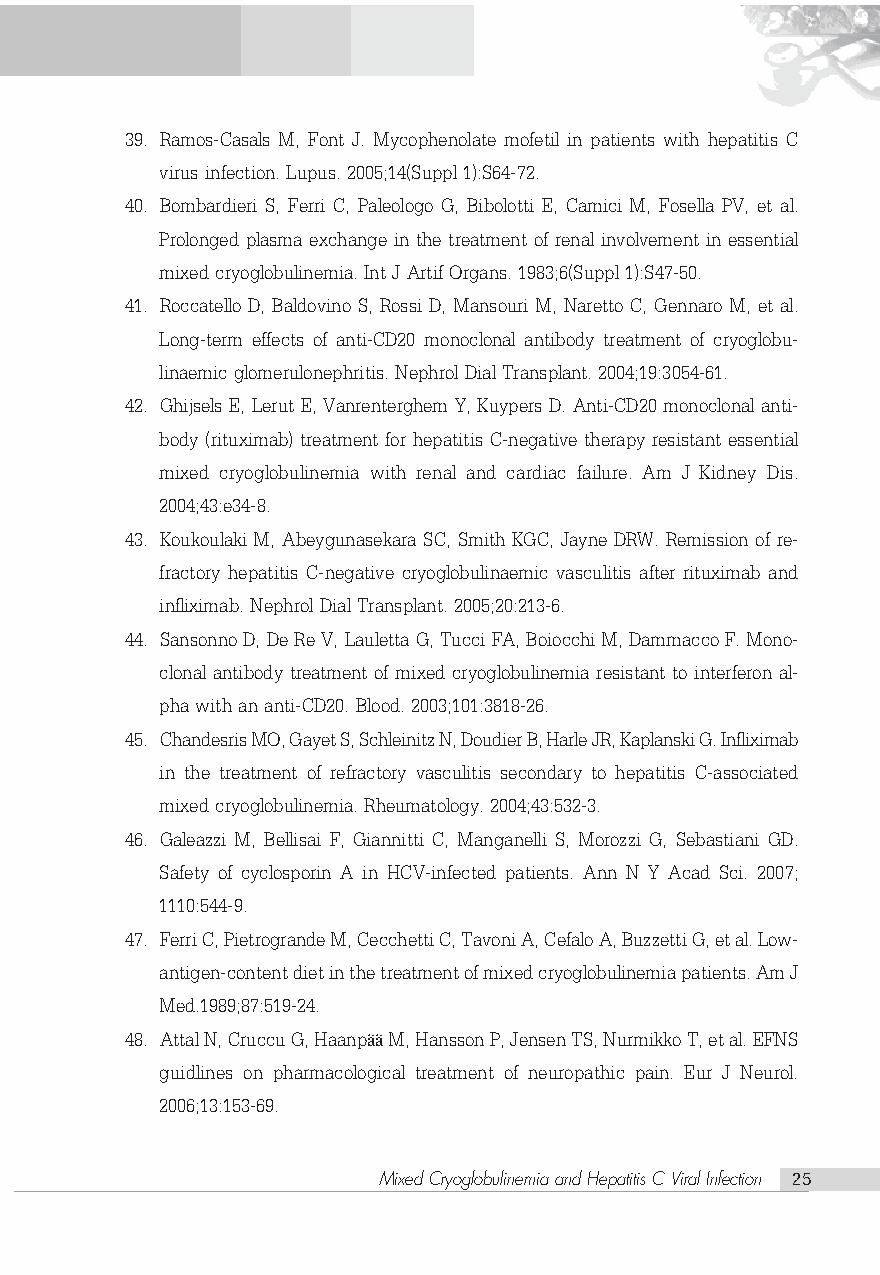
39. Ramos-Casals M, Font J. Mycophenolate mofetil in patients with hepatitis C
 virus infection. Lupus. 2005;14(Suppl 1):S64-72.
 40. Bombardieri S, Ferri C, Paleologo G, Bibolotti E, Camici M, Fosella PV, et al.
 Prolonged plasma exchange in the treatment of renal involvement in essential
 mixed cryoglobulinemia. Int J Artif Organs. 1983;6(Suppl 1):S47-50.
 41. Roccatello D, Baldovino S, Rossi D, Mansouri M, Naretto C, Gennaro M, et al.
 Long-term effects of anti-CD20 monoclonal antibody treatment of cryoglobu-
 linaemic glomerulonephritis. Nephrol Dial Transplant. 2004;19:3054-61.
 42. Ghijsels E, Lerut E, Vanrenterghem Y, Kuypers D. Anti-CD20 monoclonal anti-
 body (rituximab) treatment for hepatitis C-negative therapy resistant essential
 mixed cryoglobulinemia with renal and cardiac failure. Am J Kidney Dis.
 2004;43:e34-8.
 43. Koukoulaki M, Abeygunasekara SC, Smith KGC, Jayne DRW. Remission of re-
 fractory hepatitis C-negative cryoglobulinaemic vasculitis after rituximab and
 infliximab. Nephrol Dial Transplant. 2005;20:213-6.
 44. Sansonno D, De Re V, Lauletta G, Tucci FA, Boiocchi M, Dammacco F. Mono-
 clonal antibody treatment of mixed cryoglobulinemia resistant to interferon al-
 pha with an anti-CD20. Blood. 2003;101:3818-26.
 45. Chandesris MO, Gayet S, Schleinitz N, Doudier B, Harle JR, Kaplanski G. Infliximab
 in the treatment of refractory vasculitis secondary to hepatitis C-associated
 mixed cryoglobulinemia. Rheumatology. 2004;43:532-3.
 46. Galeazzi M, Bellisai F, Giannitti C, Manganelli S, Morozzi G, Sebastiani GD.
 Safety of cyclosporin A in HCV-infected patients. Ann N Y Acad Sci. 2007;
 1110:544-9.
 47. Ferri C, Pietrogrande M, Cecchetti C, Tavoni A, Cefalo A, Buzzetti G, et al. Low-
 antigen-content diet in the treatment of mixed cryoglobulinemia patients. Am J
 Med.1989;87:519-24.
 48. Attal N, Cruccu G, Haanp M, Hansson P, Jensen TS, Nurmikko T, et al. EFNS
 ää
 guidlines on pharmacological treatment of neuropathic pain. Eur J Neurol.
 2006;13:153-69.
 Mixed Cryoglobulinemia and Hepatitis C Viral Infection 25